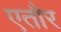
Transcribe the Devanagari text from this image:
एतौर